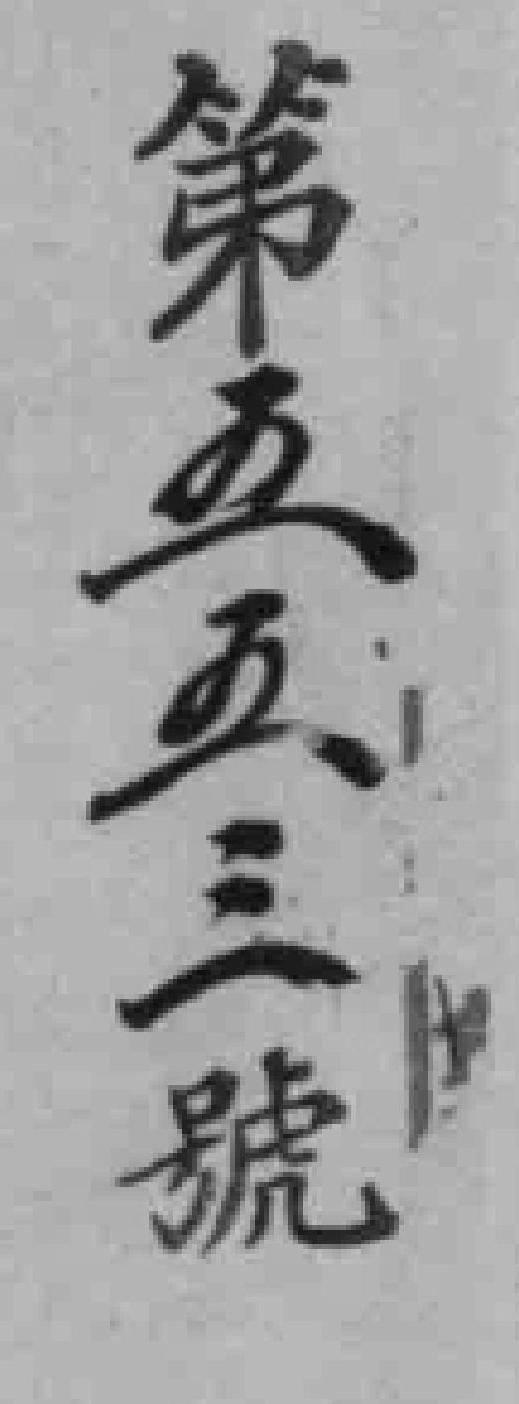
第五五三號